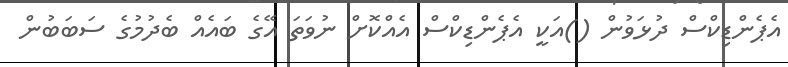
އެޕެންޑިކްސް ދުޅަވުން ()އަކީ އެޕެންޑިކްސް އެއްކޮށް ނުވަތަ އޭގެ ބައެއް ބެދުމުގެ ސަބަބުން